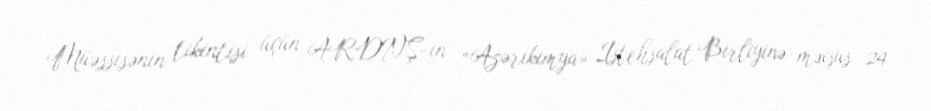
Müəssisənin tikintisi üçün ARDNŞ-in «Azərikimya» İstehsalat Birliyinə məxsus 24